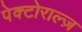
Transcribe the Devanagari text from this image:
पेक्टोराल्ज़